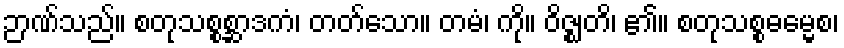
ဉာဏ်သည်။ စတုသစ္စစ္ဆာဒကံ၊ တတ်သော။ တမံ၊ ကို။ ဝိဇ္ဈတိ၊ ၏။ စတုသစ္စဓမ္မေစ၊